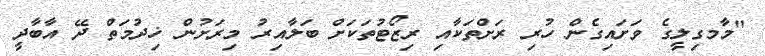
"މާމގިލީގެ ވަށައިގެން ހުރި ރަށްތަކާއި ރިޒޯޓުތަކަށް ބަލާއިރު މިރަށުން ޚިދުމަތް ދޭ އާބާދީ